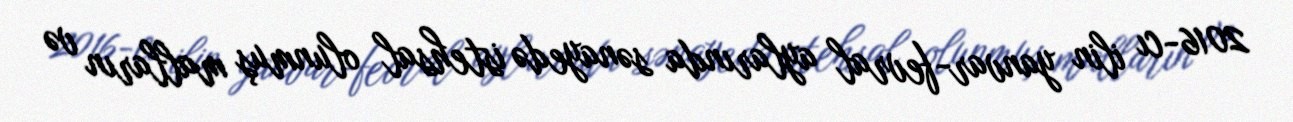
2016-cı ilin yanvar-fevral aylarında sənayedə istehsal olunmuş malların və